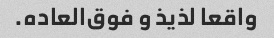
واقعا لذیذ و فوق‌العاده.